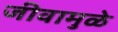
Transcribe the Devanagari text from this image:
जीवामुळे